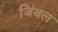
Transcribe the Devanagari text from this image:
जिंबल